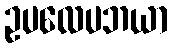
ဥပလေပဘယာ